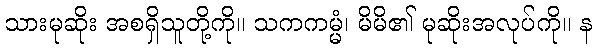
သားမုဆိုး အစရှိသူတို့ကို။ သကကမ္မံ၊ မိမိ၏ မုဆိုးအလုပ်ကို။ န